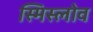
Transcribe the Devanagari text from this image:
स्मिस्लोव